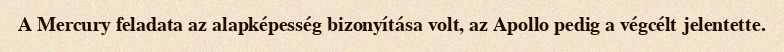
A Mercury feladata az alapképesség bizonyítása volt, az Apollo pedig a végcélt jelentette.